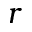
r